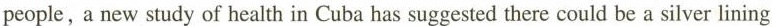
people, a new study of health in Cuba has suggested there could be a silver lining